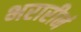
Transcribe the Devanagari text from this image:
भरारीनं